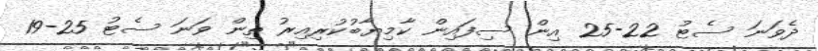
ދެވަނަ ސެޓު 22-25 އިން ސިފައިން ކާމިޔާބުކުރިއިރު ތިން ވަނަ ސެޓު 25-19